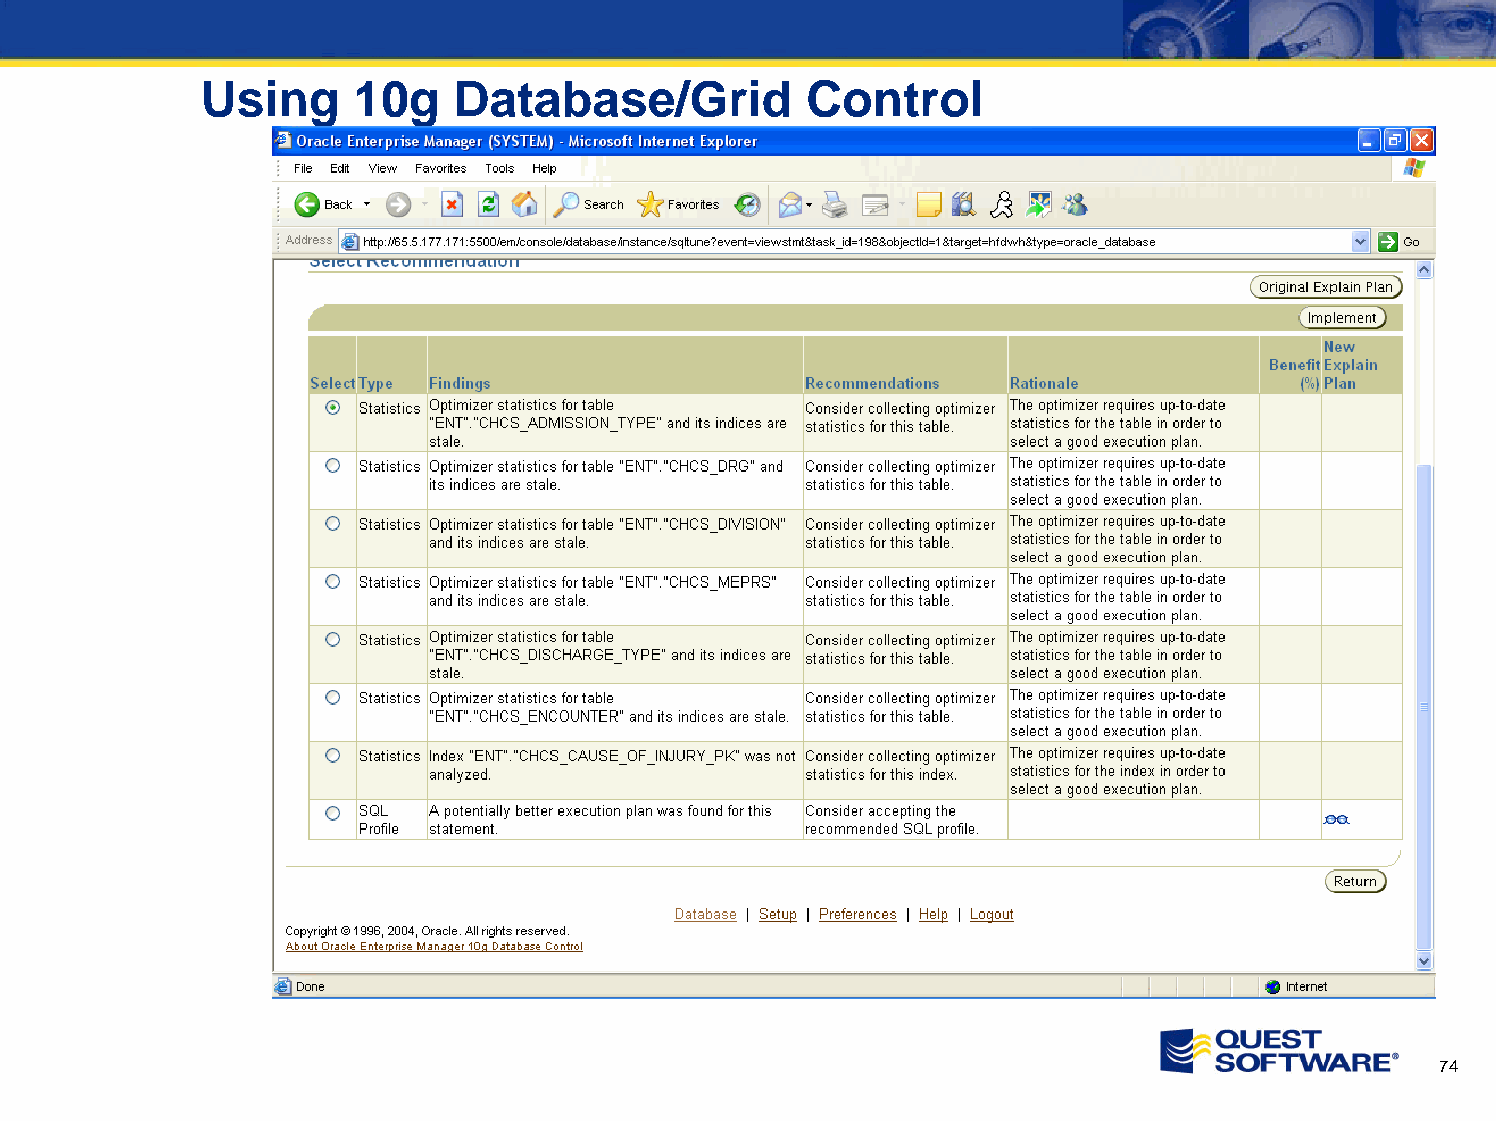
Using     10g    Database/Grid          Control
 74